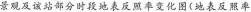
景观及该站部分时段地表反照率变化图(地表反照率